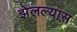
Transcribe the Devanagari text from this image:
झेलल्यास